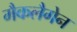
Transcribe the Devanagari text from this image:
मैकलैगेन